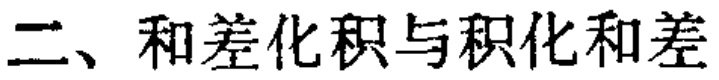
二、和差化积与积化和差